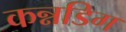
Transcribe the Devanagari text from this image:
कन्नडिग